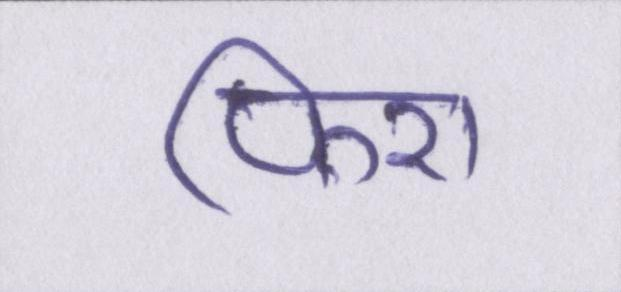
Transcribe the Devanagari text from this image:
फिरा